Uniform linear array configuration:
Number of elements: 32
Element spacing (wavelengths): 1
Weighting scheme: exponential
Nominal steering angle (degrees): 0
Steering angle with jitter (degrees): -1.217
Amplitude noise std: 0.05
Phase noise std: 0.05

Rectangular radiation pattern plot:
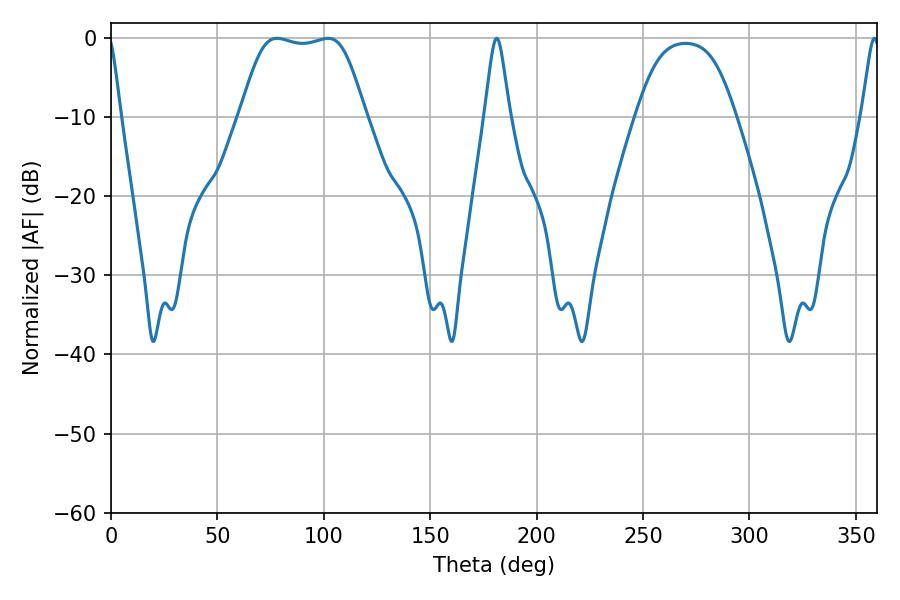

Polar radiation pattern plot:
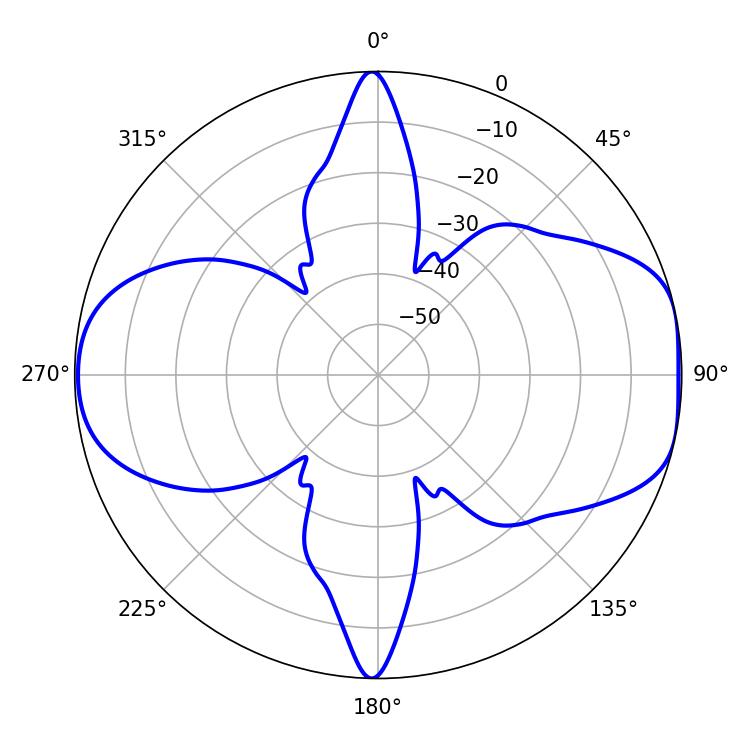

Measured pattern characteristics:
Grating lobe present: TRUE
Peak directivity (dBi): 8.512
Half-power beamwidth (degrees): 5.58
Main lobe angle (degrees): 181.26